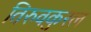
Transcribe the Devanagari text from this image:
तिरुवकुरल